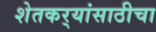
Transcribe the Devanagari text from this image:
शेतकर्‍यांसाठीचा